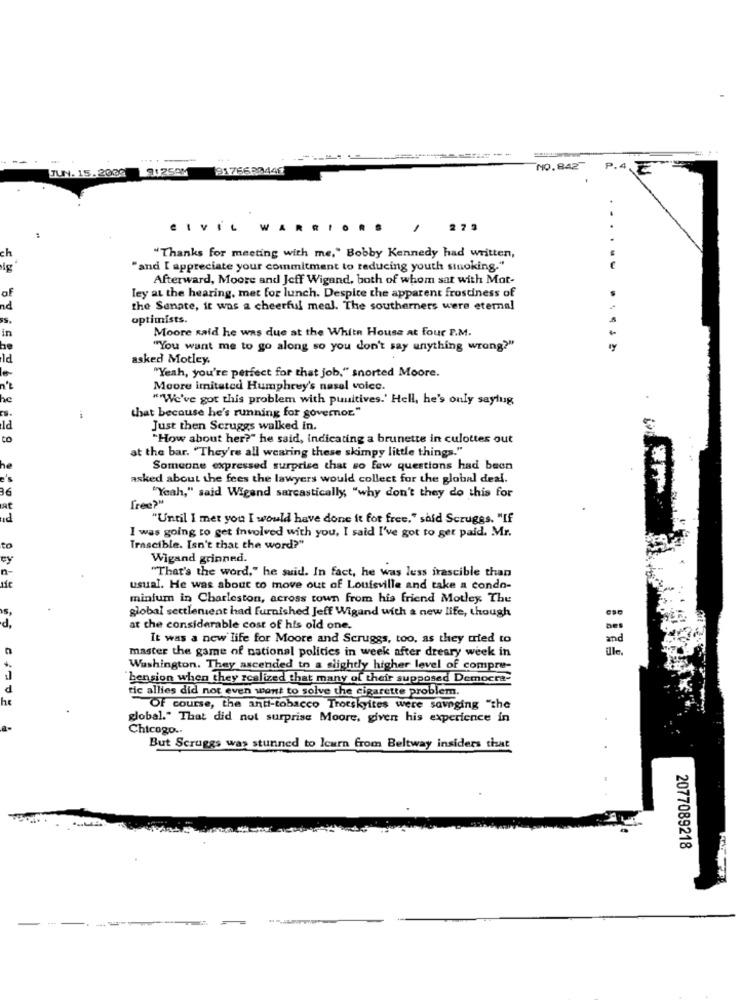
---
JUN. 15. 2009
9176630441
NO.842
P.4
.
CIVIL WARRIOR
279
ch
"Thanks for meeting with me," Bobby Kennedy had written,
"and I appreciate your commitment to reducing youth smoking."
Afterward, Moore and Jeff Wigand, both of whom sar with Mot-
ley at the hearing, met for lunch. Despite the apparent frostiness of
nd
the Senate, it was a cheerful meal. The southerners were eternal
optimists.
Moore said he was due at the White House at four P.M.
in
"You want me to go along so you don't say anything wrong?"
.....
asked Motley.
le
"Yeah, you're perfect for that job," snorted Moore.
Moore imitated Humphrey's nasel voice.
he
""We've got this problem with punitives.' Hell, he's only saylug
that because he's running for governor"
ld
Just then Scruggs walked in.
to
"How about her?" he said, indicating a brunette in culottes out
at the bar. "They're all wearing these skimpy little things."
Someone expressed surprise that so few questions had been
asked about the fees the lawyers would collect for the global deal.
36
free?"
"Yeah," said Wigand sarcastically, "why don't they do this for
at
nd
"Until I met you I would have done it for free," said Scruggs. "If
I was going to get involved with you, I said I've got to get paid. Mr.
to
Trascible. Isn't that the word?"
Wigand grinned.
"That's the word," he said. In fact, he was less irascible than
sie
usual. He was about to move out of Louisville and take a condo-
minium in Charleston, across town from his friend Motley The
global sectlenient had furnished Jeff Wigand with a new life, though
d,
at the considerable cost of his old one.
Des
It was a new life for Moore and Scruggs, too, as they tried to
and
master the game of national politics in week after dreary week in
le.
Washington. They ascended to a slightly higher level of compre-
bension when they realized that many of their supposed Democra-
d
tic allies did not even want to solve the cigarette problem.
he
Of course, the anti-tobacco Trotskyites were savaging "the
global." That did not surprise Moore, given his experience in
Chicogo ..
But Scruggs was stunned to learn from Beltway insiders that
2077089218